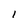
Character: I